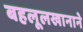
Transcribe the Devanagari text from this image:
बहलूलखानाने